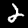
Digit: 2